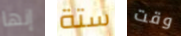
إنها ستة وقت